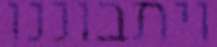
ויתבוננו